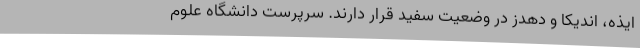
ایذه، اندیکا و دهدز در وضعیت سفید قرار دارند. سرپرست دانشگاه علوم